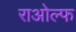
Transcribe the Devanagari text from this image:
राओल्फ